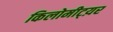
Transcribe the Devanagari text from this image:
किलोमीट्य़र